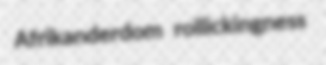
Afrikanderdom rollickingness